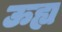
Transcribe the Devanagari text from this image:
ऊह्य